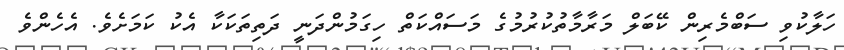
ހަލާކުވި ސަބްމެރިން ކޭބަލް މަރާމާތުކުރުމުގެ މަސައްކަތް ހިގަމުންދަނީ ދަތިތަކަކާ އެކު ކަމަށެވެ. އެހެންވެ